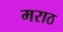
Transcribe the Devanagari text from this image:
मराठ